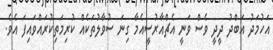
އަހުމަދު އަބްދު ދީދީ ވެސް ވަނީ އެޗްއާރުސީއެމާ ގިނަ ސުވާލުތަކެއް ކުރިމަތިކުރައްވައިފަ އެވެ.